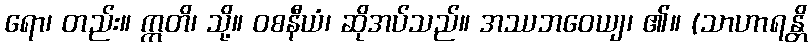
ရော၊ တည်း။ ဣတိ၊ သို့။ ဝစနီယံ၊ ဆိုအပ်သည်။ အဿဘဝေယျ၊ ၏။ (သာဟာရန္တိ